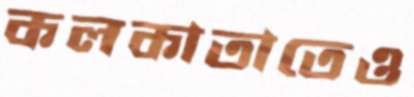
কলকাতাতেও